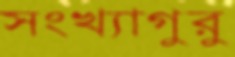
সংখ্যাগুরু